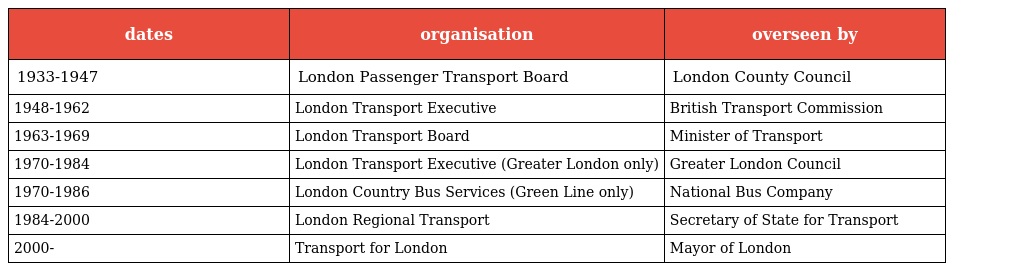
| dates | organisation | overseen by |
 | --- | --- | --- |
 | 1933-1947 | London Passenger Transport Board | London County Council |
 | 1948-1962 | London Transport Executive | British Transport Commission |
 | 1963-1969 | London Transport Board | Minister of Transport |
 | 1970-1984 | London Transport Executive (Greater London only) | Greater London Council |
 | 1970-1986 | London Country Bus Services (Green Line only) | National Bus Company |
 | 1984-2000 | London Regional Transport | Secretary of State for Transport |
 | 2000- | Transport for London | Mayor of London |